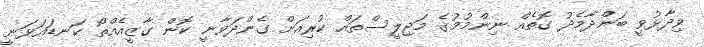
ވިދާޅުވީ ބަންދާމެދު ގޮތެއް ނިންމުމުގެ މަޖިލީސްތައް ކުރިއަށް ގެންދަވާނީ ކޮން ގާޒީއެއްތޯ ކަނޑައަޅަނީ